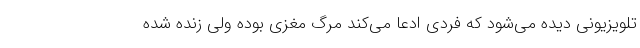
تلویزیونی دیده می‌شود که فردی ادعا می‌کند مرگ مغزی بوده ولی زنده شده